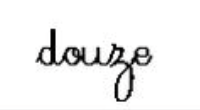
douze